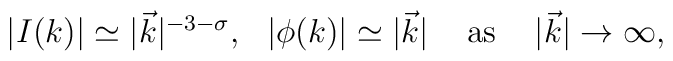
\begin{array}{cccc}|I(k)|\simeq |\vec k|^{-3-\sigma }, & |\phi (k)|\simeq |\vec k| & {\rm \ as\ } & |\vec k|\rightarrow \infty ,\end{array}